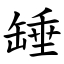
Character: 䍋